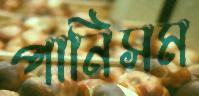
পানিসম